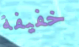
خفيفة